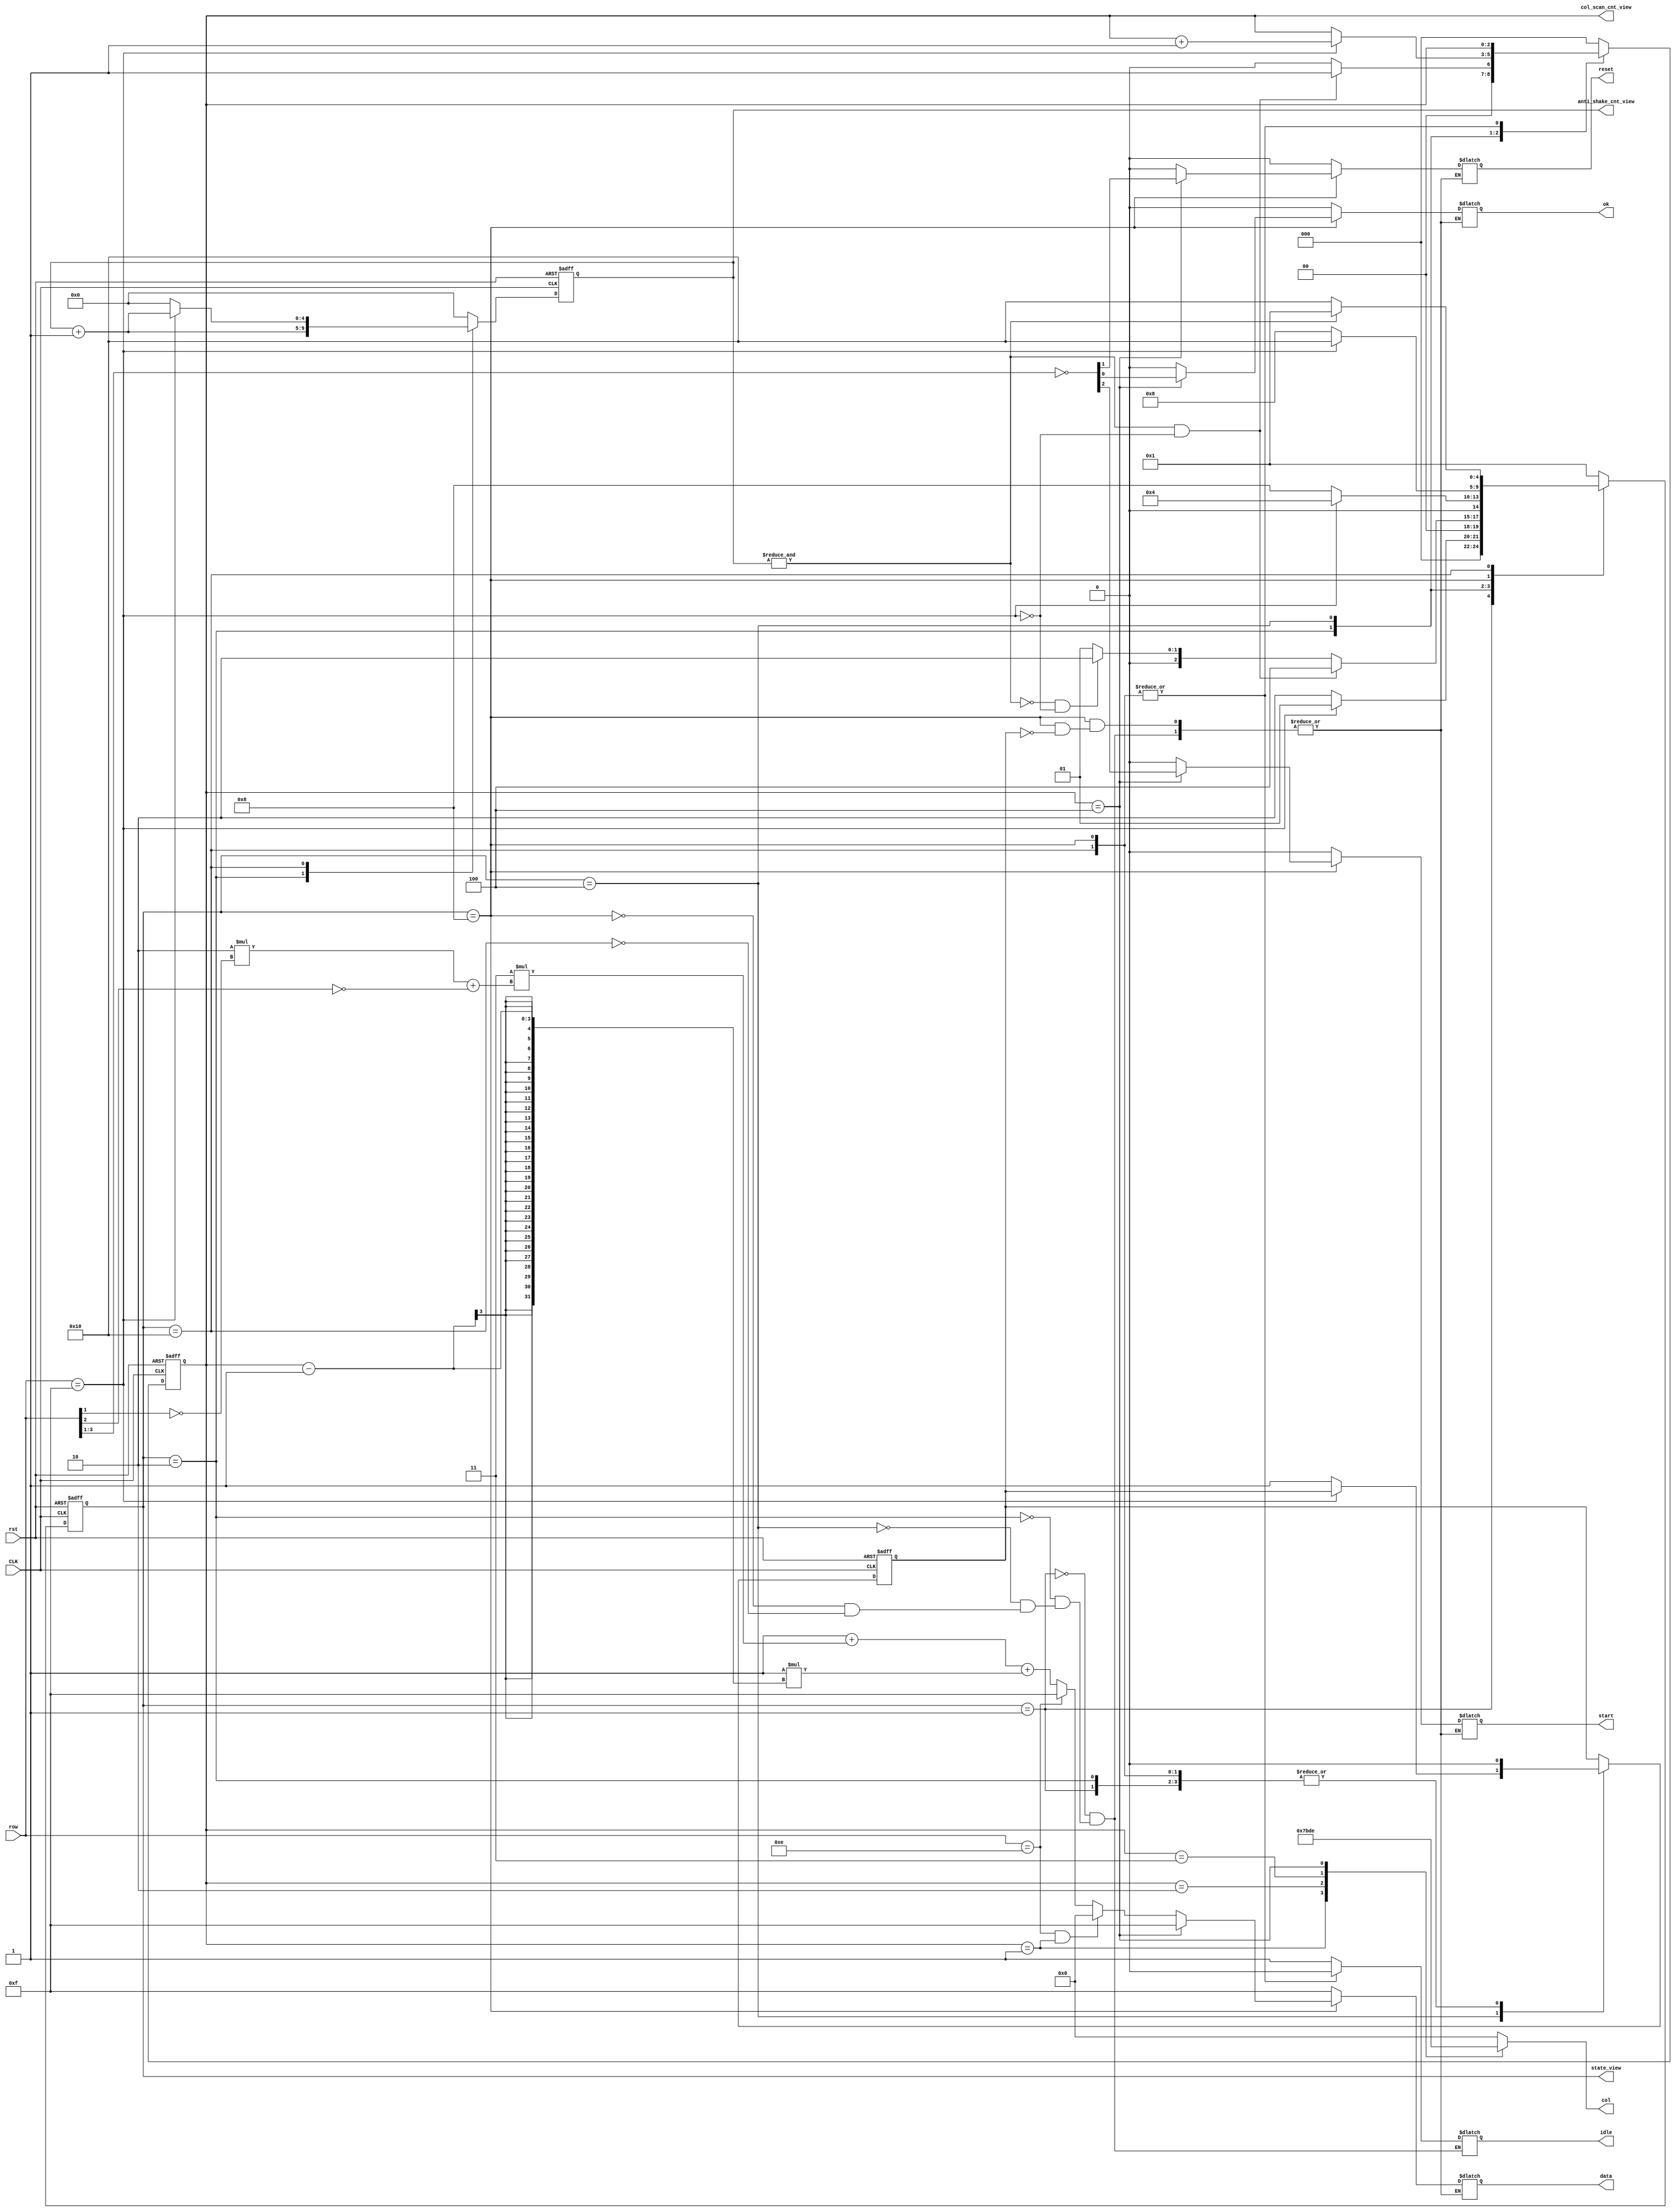
module keyboard_sim
(
	input CLK, // scan f 3051hz
	input [3:0] row,
    input rst,
	output reg[3:0] col,
	output reg[3:0] data,
	output reg start, reset, ok, idle,
    output wire[4:0] state_view,
    output wire[4:0] anti_shake_cnt_view,
    output wire[2:0] col_scan_cnt_view
);
localparam CR3 = 4'b0111, CR2 = 4'b1011, CR1 = 4'b1101, CR0 = 4'b1110, CIDLE = 4'b0000, RIDLE = 4'b1111;
localparam IDLE = 5'b00001, PRESS_CHECK = 5'b00010, SCAN = 5'b00100, OUTPUT = 5'b01000, FREE_CHECK = 5'b10000;
localparam CNT_FULL = 5'b11111, CNT_RESET = 5'b00000, CNT_ADD = 5'b00001;
reg[4:0] state,next_state;
reg[4:0] anti_shake_cnt;
reg anti_shake_cnt_reset;
wire is_anti_shake_cnt_full;
reg[2:0] col_scan_cnt;
reg first_output;
wire is_row_idle;
wire pc2scan;
wire pc2pc;

always @(col_scan_cnt) begin
    case(col_scan_cnt)
        3'b000: col = CIDLE;
        3'b001: col = CR3;
        3'b010: col = CR2;
        3'b011: col = CR1;
        3'b100: col = CR0;
        default: col = CIDLE;
    endcase
end

assign is_anti_shake_cnt_full = &anti_shake_cnt;
assign is_row_idle = (row == RIDLE);
assign anti_shake_cnt_view = anti_shake_cnt;
assign pc2scan = is_anti_shake_cnt_full && !is_row_idle;
assign pc2pc = !is_anti_shake_cnt_full && !is_row_idle;

always @(posedge CLK or posedge rst) begin
    if (rst) 
    begin
        state <= IDLE;
        anti_shake_cnt <= 0;
        col_scan_cnt <= 3'b000;
        first_output <= 0;
    end
    else
    begin
        case(state)
            IDLE:
                begin
                    state <= is_row_idle ? IDLE : PRESS_CHECK;
                    anti_shake_cnt <= 0;
                    col_scan_cnt <= 3'b000;
                    first_output <= 0;
                end
            PRESS_CHECK:
                begin
                    anti_shake_cnt <= anti_shake_cnt + 1;
                    first_output <= 0;
                    if (pc2scan)
                    begin
                        state <= SCAN;
                        col_scan_cnt <= 3'b001;
                    end
                    else if (pc2pc)
                    begin
                        state <= PRESS_CHECK;
                        col_scan_cnt <= 3'b000;
                    end
                    else
                    begin
                        state <= IDLE;
                        col_scan_cnt <= 3'b000;
                    end
                end
            SCAN:
                begin
                    anti_shake_cnt <= 0;
                    if (is_row_idle) 
                    begin
                        col_scan_cnt <= col_scan_cnt + 1;
                        state <= SCAN;
                    end        
                    else
                    begin
                        first_output <= 1;
                        state <= OUTPUT;
                        col_scan_cnt <= col_scan_cnt;
                    end
                end
            OUTPUT:
                begin
                    anti_shake_cnt <= 0;
                    col_scan_cnt <= col_scan_cnt;
                    first_output <= 0;
                    if (is_row_idle)
                        state <= FREE_CHECK;
                    else
                        state <= OUTPUT;
                end
            FREE_CHECK:
                begin
                    anti_shake_cnt <= is_row_idle ? anti_shake_cnt + 1 : 0;
                    col_scan_cnt <= col_scan_cnt;
                    first_output <= 0;
                    begin
                        if (is_anti_shake_cnt_full)
                            state <= IDLE;
                        else
                            state <= FREE_CHECK;
                    end
                end
            default:
                begin
                    state <= IDLE;
                    anti_shake_cnt <= 0;
                    col_scan_cnt <= 3'b000; 
                end
        endcase
    end
end

always @(state) begin
    case(state)
        IDLE:
            begin
                idle = 1;
                {data, start, reset, ok} = 7'b1111_000;
            end
        PRESS_CHECK:
            begin
                idle = 1;
                {data, start, reset, ok} = 7'b1111_000;
            end
        SCAN:
            begin
                idle = 1;
                {data, start, reset, ok} = 7'b1111_000;           
            end
        OUTPUT:
            begin
                idle = 0;
                if (first_output)
                begin
                    if (col_scan_cnt == 3'b100)
                    begin
                        {start, reset, ok} = {~row[3:1]};
                        data = 4'b1111;
                    end
                    else if (row == CR0 && col_scan_cnt == 3'b001)
                    begin
                        {start, reset, ok} = 3'b000;
                        data = 0;
                    end
                    else if (row == CR0)
                    begin
                        {start, reset, ok} = 3'b000;
                        data = 4'b1111;
                    end else
                    begin
                        {start, reset, ok} = 3'b0000;
                        data = 4'b1 + 3 * (2 * !row[1] + !row[2]) + 1 * (col_scan_cnt - 1);
                    end
                end
                else
                    {data, start, reset, ok} = {data, start, reset, ok};
            end
        FREE_CHECK:
            begin
                idle = 0;
                {data, start, reset, ok} = 7'b1111_000;
            end
    endcase
end

assign state_view = state;
assign col_scan_cnt_view = col_scan_cnt;

endmodule